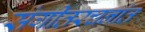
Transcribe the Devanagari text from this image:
संगीतरचनांत